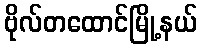
ဗိုလ်တထောင်မြို့နယ်